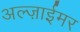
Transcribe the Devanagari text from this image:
अल्ज़ाईमर